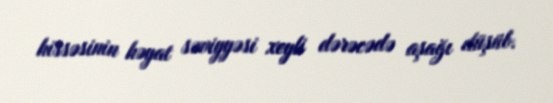
hissəsinin həyat səviyyəsi xeyli dərəcədə aşağı düşüb.